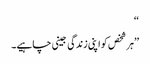
‘‘
’’ہر شخص کو اپنی زندگی جینی چاہیے۔